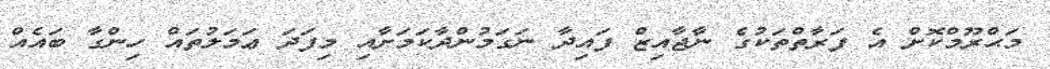
މަޙްރޫމްކޮށް އެ ފަރާތްތަކުގެ ނާޖާއިޒް ފައިދާ ނަގަމުންދާކަމަށާއި މިފަދަ ޢަމަލުތައް ހިންގާ ބައެއް